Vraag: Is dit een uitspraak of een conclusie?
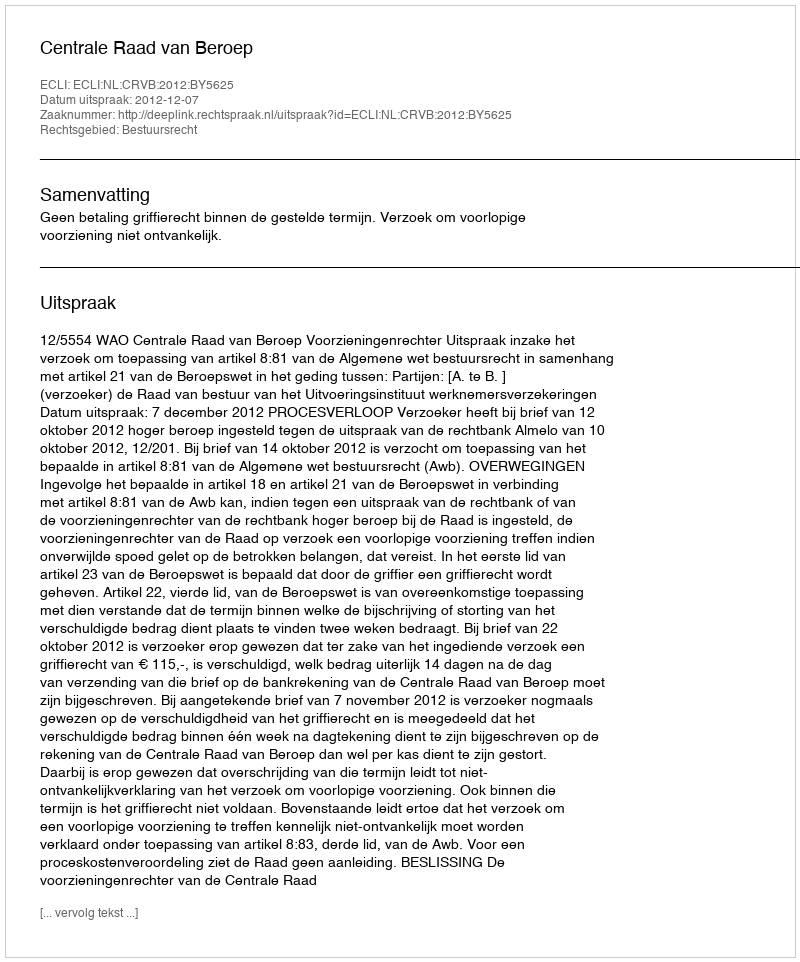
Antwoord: Uitspraak